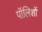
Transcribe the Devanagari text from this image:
पॉलिशों